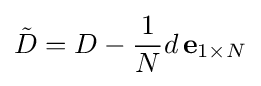
{\tilde {D}}=D-{\frac {1}{N}}d\,\mathbf {e} _{1\times N}